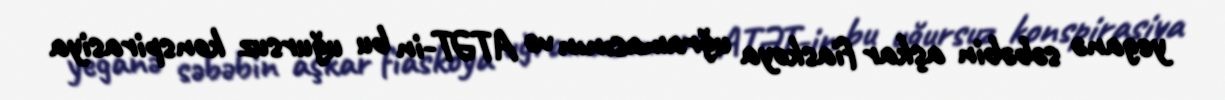
yeganə səbəbin aşkar fiaskoya uğramasının və ATƏT-in bu uğursuz konspirasiya